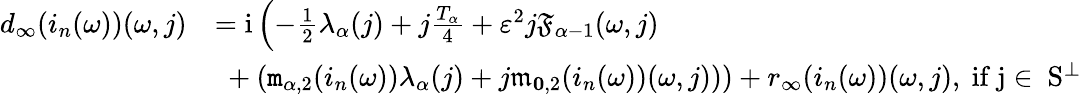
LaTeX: \begin{array}{rl}{d_{\infty}(i_{n}(\omega))(\omega,j)}&{=\mathrm{i}\left(-\frac{1}{2}\lambda_{\alpha}(j)+j\frac{T_{\alpha}}{4}+\varepsilon^{2}j\mathfrak{F}_{\alpha-1}(\omega,j)\right.}\\ &{\left.\ +\left(\mathtt{m}_{\alpha,2}(i_{n}(\omega))\lambda_{\alpha}(j)+j\mathfrak{m}_{\le 0,2}(i_{n}(\omega))(\omega,j)\right)\right)+r_{\infty}(i_{n}(\omega))(\omega,j),\mathrm{~if~j\in~S^\perp~}}\end{array}